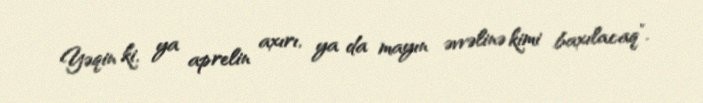
Yəqin ki, ya aprelin axırı, ya da mayın əvvəlinə kimi baxılacaq”.